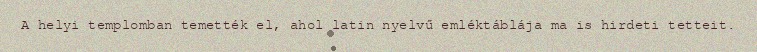
A helyi templomban temették el, ahol latin nyelvű emléktáblája ma is hirdeti tetteit.